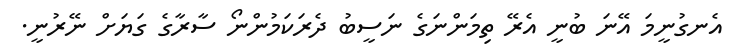
އެނގުނީމަ އޭނަ ބުނީ އެރޭ ތިމަންނަގެ ނަސީބު ދެރަކަމުންނޯ ސާރާގެ ގަޔަށް ނޭރުނީ.